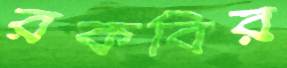
রকবির